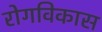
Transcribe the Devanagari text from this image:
रोगविकास